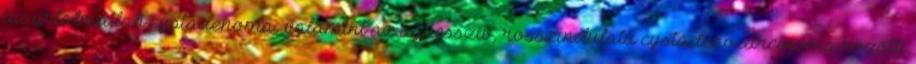
az ártalmatlan cystadenoma, valamint az agresszív, rosszindulatú cystadenocarcinoma közötti